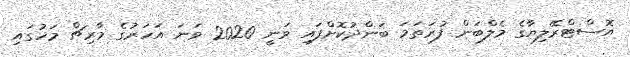
އޮސްޓްރޭލިޔާގެ މެލްބަން ފުރަތަމަ ބަންދުކޮށްފައި ވަނީ 2020 ވަނަ އަހަރުގެ މާރިޗް މަހުގައި